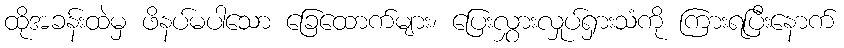
ထိုအခန်းထဲမှ ဖိနပ်မပါသော ခြေထောက်များ၊ ပြေးလွှားလှုပ်ရှားသံကို ကြားရပြီးနောက်